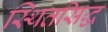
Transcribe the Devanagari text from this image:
स्थितसिद्ध